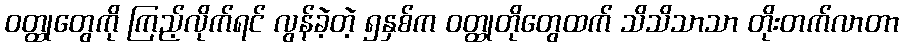
ဝတ္ထုတွေကို ကြည့်လိုက်ရင် လွန်ခဲ့တဲ့ ၅နှစ်က ဝတ္ထုတိုတွေထက် သိသိသာသာ တိုးတက်လာတာ